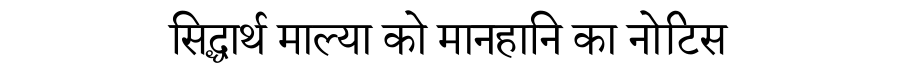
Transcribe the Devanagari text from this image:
सिद्धार्थ माल्या को मानहानि का नोटिस